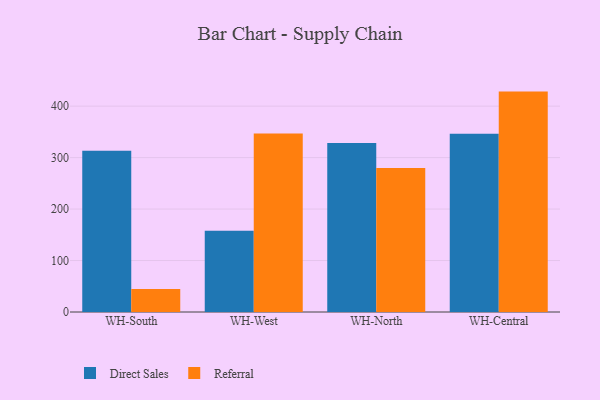
{"axis": {"x": "Warehouse", "y": "Page Views"}, "legend": ["Direct Sales", "Referral"], "data": [{"x": "WH-South", "y": 313.5, "type": "Direct Sales"}, {"x": "WH-South", "y": 44.5, "type": "Referral"}, {"x": "WH-West", "y": 158.0, "type": "Direct Sales"}, {"x": "WH-West", "y": 346.8, "type": "Referral"}, {"x": "WH-North", "y": 328.4, "type": "Direct Sales"}, {"x": "WH-North", "y": 280.0, "type": "Referral"}, {"x": "WH-Central", "y": 346.5, "type": "Direct Sales"}, {"x": "WH-Central", "y": 428.3, "type": "Referral"}]}